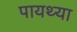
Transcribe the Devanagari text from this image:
पायथ्या